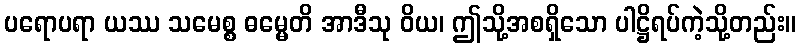
ပရောပရာ ယဿ သမေစ္စ ဓမ္မေတိ အာဒီသု ဝိယ၊ ဤသို့အစရှိသော ပါဋ္ဌိရပ်ကဲ့သို့တည်း။